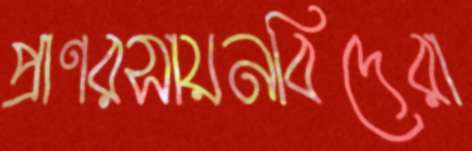
প্রাণরসায়নবিদেরা